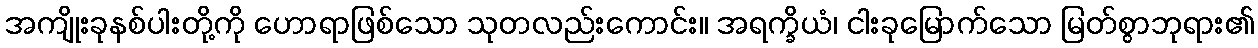
အကျိုးခုနစ်ပါးတို့ကို ဟောရာဖြစ်သော သုတလည်းကောင်း။ အရက္ခိယံ၊ ငါးခုမြောက်သော မြတ်စွာဘုရား၏